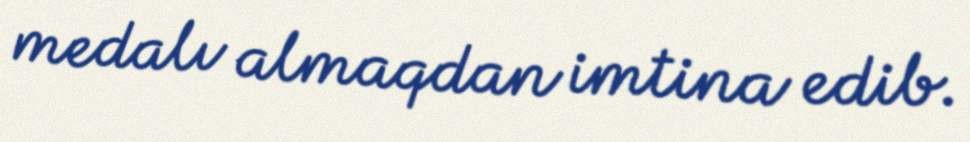
medalı almaqdan imtina edib.